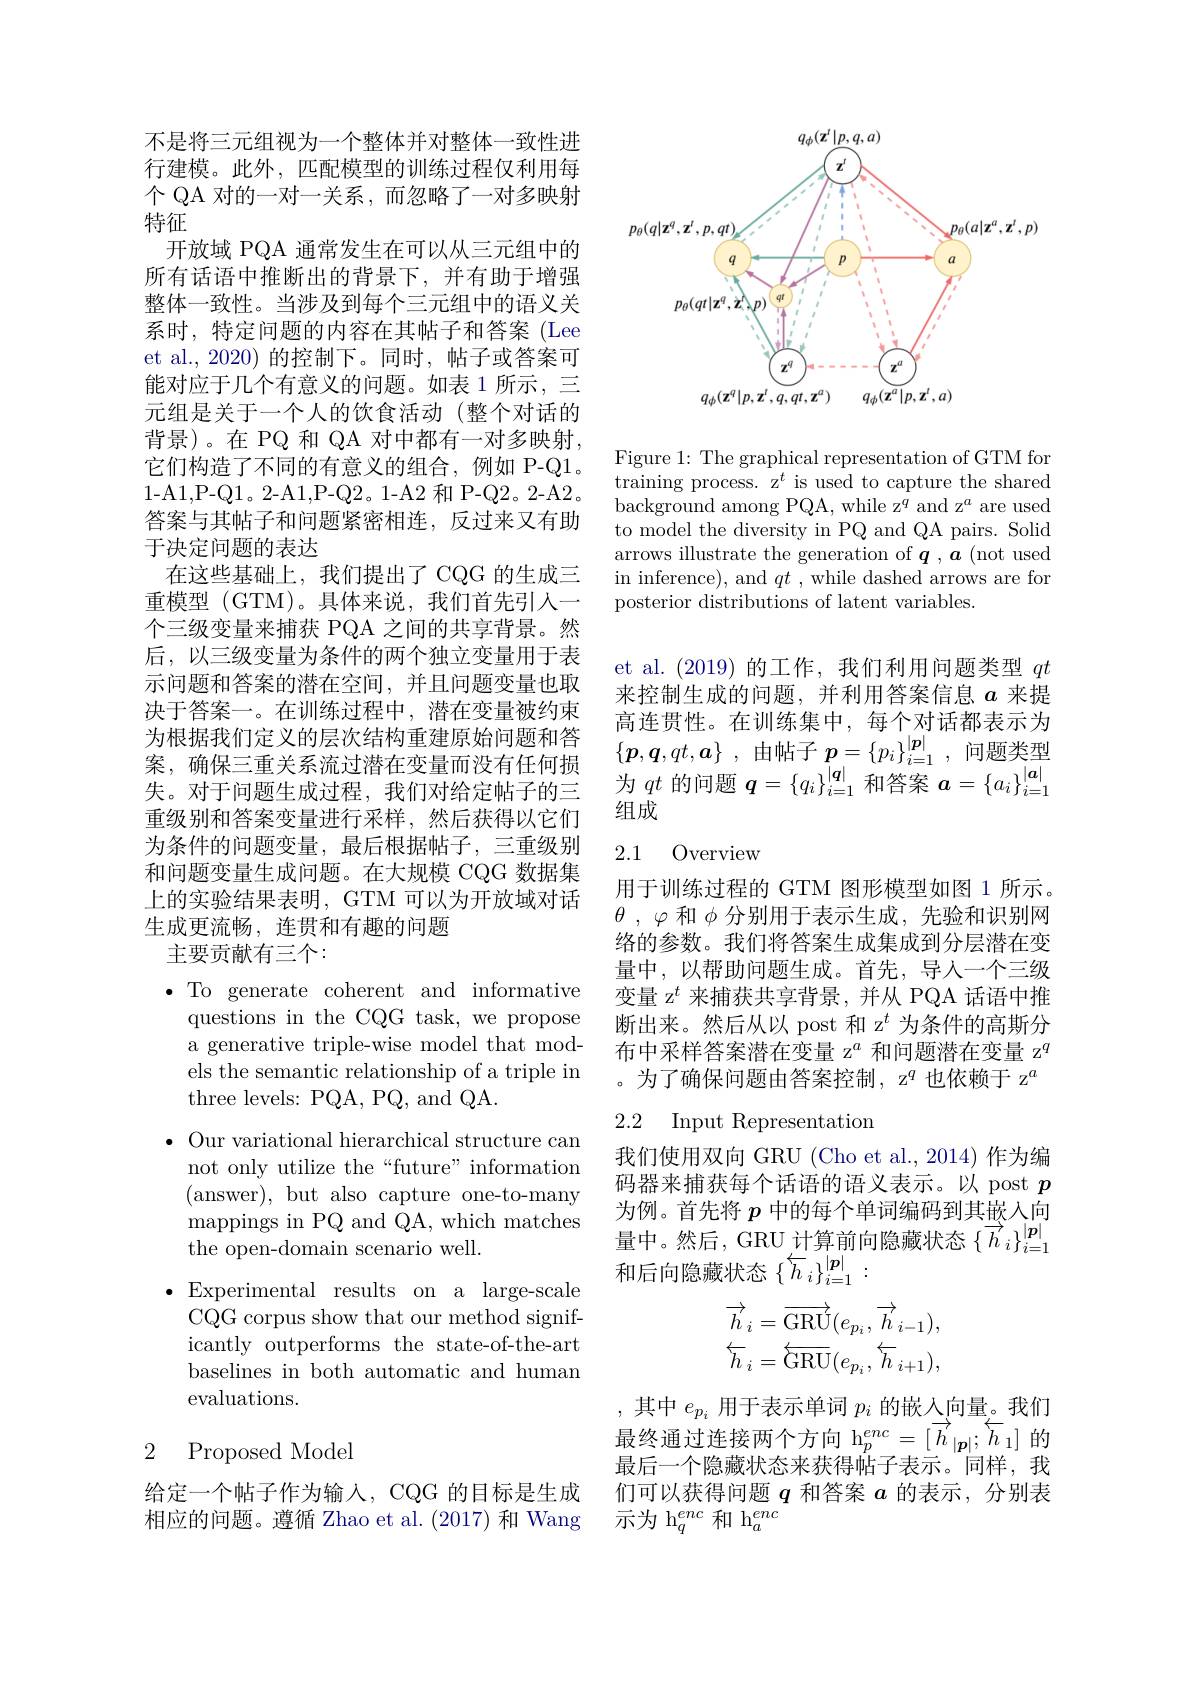
不是将三元组视为一个整体并对整体一致性进行建模。此外，匹配模型的训练过程仅利用每个 QA 对的一对一关系，而忽略了一对多映射特征
开放域 PQA 通常发生在可以从三元组中的所有话语中推断出的背景下，并有助于增强整体一致性。当涉及到每个三元组中的语义关系时，特定问题的内容在其帖子和答案(Lee et al., 2020) 的控制下。同时，帖子或答案可能对应于几个有意义的问题。如表 1 所示，三元组是关于一个人的饮食活动(整个对话的背景)。在 PQ 和 QA 对中都有一对多映射， 它们构造了不同的有意义的组合，例如 P-Q1。1-A1,P-Q1。2-A1,P-Q2。1-A2 和 P-Q2。2-A2。答案与其帖子和问题紧密相连，反过来又有助于决定问题的表达
在这些基础上，我们提出了 CQG 的生成三重模型 (GTM)。具体来说，我们首先引入一个三级变量来捕获 PQA 之间的共享背景。然后，以三级变量为条件的两个独立变量用于表示问题和答案的潜在空间，并且问题变量也取决于答案一。在训练过程中，潜在变量被约束为根据我们定义的层次结构重建原始问题和答$\begin{array}{cc}\text{为根据我们定义的层次结构里建原始问题和含}&\{p,q,qt,\boldsymbol{a}\}\:,\text{ 由帖子 }\boldsymbol{p}=\{p_i\}_{i=1}^{|\boldsymbol{p}|}\:,\text{ 问题类型}\\\text{案，确保三重关系流过潜在变量而没有任何损}&\text{为 }qt\text{ 的问题 }\boldsymbol{q}=\{q_i\}_{i=1}^{|\boldsymbol{q}|}\text{ 和答案 }\boldsymbol{a}=\{a_i\}_{i=1}^{|\boldsymbol{a}|}\end{array}$
重级别和答案变量进行采样，然后获得以它们为条件的问题变量，最后根据帖子，三重级别和问题变量生成问题。在大规模 CQG 数据集上的实验结果表明，GTM 可以为开放域对话生成更流畅，连贯和有趣的问题
主要贡献有三个：

$\bullet$ To generate coherent and informative

questions in the CQG task, we propose

a generative triple-wise model that mod-

els the semantic relationship of a triple in

three levels: PQA, PQ, and QA.

$\bullet$ Our variational hierarchical structure can

not only utilize the“future”information

(answer), but also capture one-to-many

mappings in PQ and $\dot{\mathrm{QA,which~matches}}$

the open-domain scenario well.

$\bullet$Experimental results on a large-scale

CQG corpus show that our method signif-

icantly outperforms the state-of-the-art

baselines in both automatic and human

evaluations.

## 2 Proposed Model

给定一个帖子作为输入，CQG 的目标是生成相应的问题。遵循 Zhao et al.(2017) 和 Wang

<FigureHere>

Figure 1: The graphical representation of GTM for training process. z$^t$ is used to capture the shared background among PQA, while z$^q$ and z$^a$ are used to model the diversity in PQ and QA pairs. Solid arrows illustrate the generation of $q, \boldsymbol{a}\allowbreak ( {\mathrm{mod}} $used) in inference), and $qt$ , while dashed arrows are for posterior distributions of latent variables.

et al.(2019)的工作，我们利用问题类型$qt$ 来控制生成的问题，并利用答案信息$a$来提高连贯性。在训练集中，每个对话都表示为组成

## 2.1 Overview

用于训练过程的 GTM 图形模型如图 1 所示。$\theta$ $, \varphi$和$\phi$分别用于表示生成，先验和识别网络的参数。我们将答案生成集成到分层潜在变量中，以帮助问题生成。首先，导人一个三级变量 z$^t$来捕获共享背景，并从 PQA 话语中推断出来。然后从以 post 和 z$^{t}$为条件的高斯分布中采样答案潜在变量 z$^{a}$和问题潜在变量 z$^{q}$ 。为了确保问题由答案控制，z$^q$也依赖于 z$^a$

### 2.2 Input Representation

我们使用双向 GRU (Cho et al.,2014) 作为编码器来捕获每个话语的语义表示。以 post $p$ 为例。首先将$p$中的每个单词编码到其嵌入向量中。然后，GRU 计算前向隐藏状态$\{\overrightarrow{h}_i\}_{i=1}^{|\boldsymbol{p}|}$ $\overline{\text{和后向隐藏状态}\left\{\overleftarrow{h}_i\right\}_{i=1}^{|\boldsymbol{p}|}:}$
$$\begin{array}{c}\overrightarrow{h}_i=\overrightarrow{\mathrm{GRU}}(e_{p_i},\overrightarrow{h}_{i-1}),\\\overleftarrow{h}_i=\overleftarrow{\mathrm{GRU}}(e_{p_i},\overleftarrow{h}_{i+1}),\end{array}$$
,其中$e_{p_i}$用于表示单词$p_i$的嵌入向量。我们最终通过连接两个方向 h$_p^{enc}=[\overrightarrow{h}_{|\boldsymbol{p}|};\overleftarrow{h}_1]$的最后一个隐藏状态来获得帖子表示。同样，我们可以获得问题$q$和答案$a$的表示，分别表示为 h$_q^enc$和 h$_a^enc$